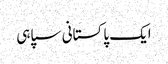
ایک پاکستانی سپاہی